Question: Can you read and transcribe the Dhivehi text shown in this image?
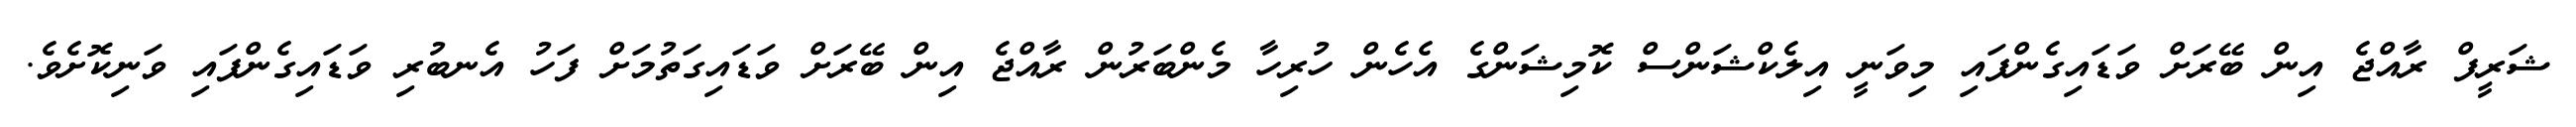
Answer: ޝަރީފް ރާއްޖެ އިން ބޭރަށް ވަޑައިގެންފައި މިވަނީ އިލެކްޝަންސް ކޮމިޝަންގެ އެހެން ހުރިހާ މެންބަރުން ރާއްޖެ އިން ބޭރަށް ވަޑައިގަތުމަށް ފަހު އެނބުރި ވަޑައިގެންފައި ވަނިކޮށެވެ.